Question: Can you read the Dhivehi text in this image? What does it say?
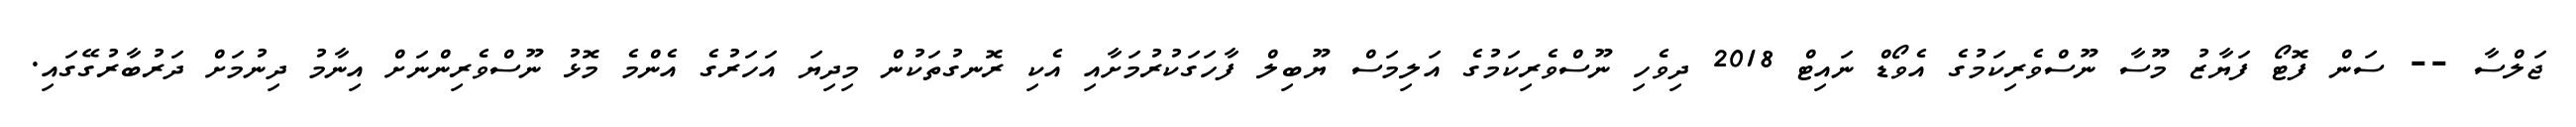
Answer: ޖަލްސާ -- ސަން ފޮޓޯ ފަޔާޒު މޫސާ ނޫސްވެރިކަމުގެ އެވޯޑް ނައިޓް 2018 ދިވެހި ނޫސްވެރިކަމުގެ އަލިމަސް ޔޫބިލް ފާހަގަކުރުމަށާއި އެކި ރޮނގުތަކުން މިދިޔަ އަހަރުގެ އެންމެ މޮޅު ނޫސްވެރިންނަށް އިނާމު ދިނުމަށް ދަރުބާރުގޭގައި.